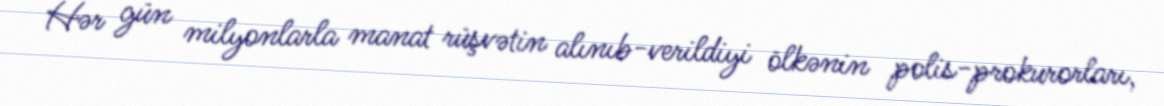
Hər gün milyonlarla manat rüşvətin alınıb-verildiyi ölkənin polis-prokurorları,